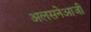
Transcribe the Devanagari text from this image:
अलसनेआजी